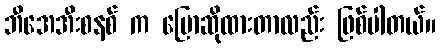
ဘီအေအီးစနစ် က ပြောဆိုထားတာလည်း ဖြစ်ပါတယ်။